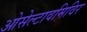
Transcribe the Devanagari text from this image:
ओसेल्टावमिविर